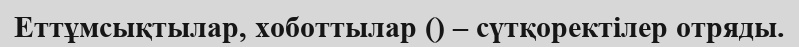
Еттұмсықтылар, хоботтылар () – сүтқоректілер отряды.